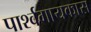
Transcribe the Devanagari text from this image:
पार्श्वगायकास